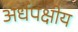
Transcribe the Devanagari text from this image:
अर्धपक्षीय